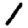
Digit: 1